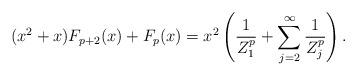
LaTeX: \begin{align*}(x^2+x) F_{p+2}(x) + F_p(x) = x^2\left(\frac{1}{Z_1^p} + \sum_{j=2}^\infty \frac{1}{Z_j^p}\right).\end{align*}